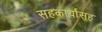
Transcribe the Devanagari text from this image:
सहकार्यांसह